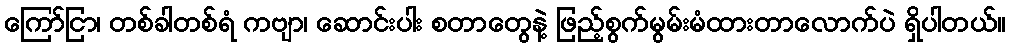
ကြော်ငြာ၊ တစ်ခါတစ်ရံ ကဗျာ၊ ဆောင်းပါး စတာတွေနဲ့ ဖြည့်စွက်မွမ်းမံထားတာလောက်ပဲ ရှိပါတယ်။